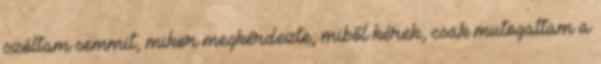
szóltam semmit, mikor megkérdezte, miből kérek, csak mutogattam a